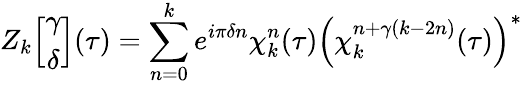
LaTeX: Z_{k}\Big[\begin{array}{c}{{\gamma}}\\ {{\delta}}\end{array}\Big](\tau)=\sum_{n=0}^{k}e^{i\pi\delta n}\chi_{k}^{n}(\tau)\left(\chi_{k}^{n+\gamma(k-2n)}(\tau)\right)^{*}